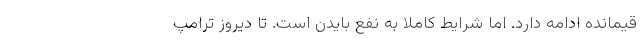
قیمانده ادامه دارد. اما شرایط کاملا به نفع بایدن است. تا دیروز ترامپ